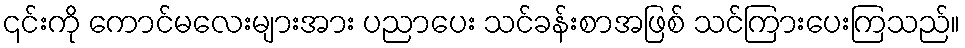
၎င်းကို ကောင်မလေးများအား ပညာပေး သင်ခန်းစာအဖြစ် သင်ကြားပေးကြသည်။